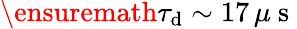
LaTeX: \ensuremath{\tau_{\mathrm{d}}}\sim 17\, \mu\mathrm{~s~}